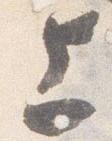
上